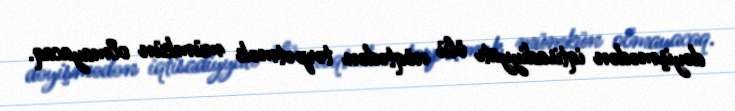
dəyişmədən iqtisadiyyatı ölü nöqtədən tərpətmək mümkün olmayacaq.